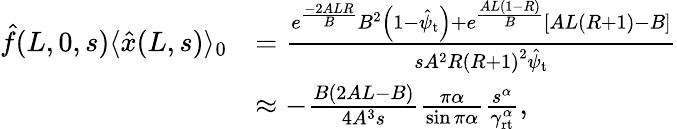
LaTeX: \begin{array}{rl}{\hat{f}(L,0,s)\langle\hat{x}(L,s)\rangle_{0}}&{=\frac{e^{\frac{-2ALR}{B}}B^{2}\left(1-\hat{\psi}_{\mathrm{t}}\right)+e^{\frac{AL\left(1-R\right)}{B}}\left[AL\left(R+1\right)-B\right]}{sA^{2}R\left(R+1\right)^{2}\hat{\psi}_{\mathrm{t}}}}\\ &{\approx-\frac{B(2AL-B)}{4A^{3}s}\frac{\pi\alpha}{\sin\pi\alpha}\frac{s^{\alpha}}{\gamma_{\mathrm{rt}}^{\alpha}},}\end{array}